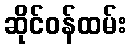
ဆိုင်ဝန်ထမ်း